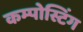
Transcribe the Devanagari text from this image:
कम्पोस्टिंग